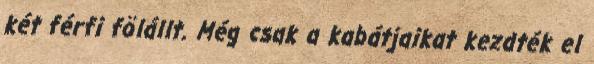
két férfi fölállt. Még csak a kabátjaikat kezdték el